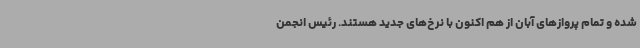
شده و تمام پروازهای آبان از هم اکنون با نرخ‌های جدید هستند. رئیس انجمن